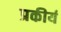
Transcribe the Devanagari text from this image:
प्रकीर्य